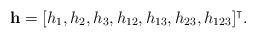
LaTeX: \begin{align*}\mathbf{h}=[h_1,h_2,h_3,h_{12},h_{13},h_{23},h_{123}]^\intercal.\end{align*}